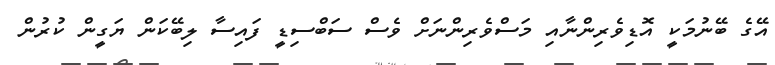
އޭގެ ބޭނުމަކީ އޮޑިވެރިންނާއި މަސްވެރިންނަށް ވެސް ސަބްސިޑީ ފައިސާ ލިބޭކަން ޔަގީން ކުރުން